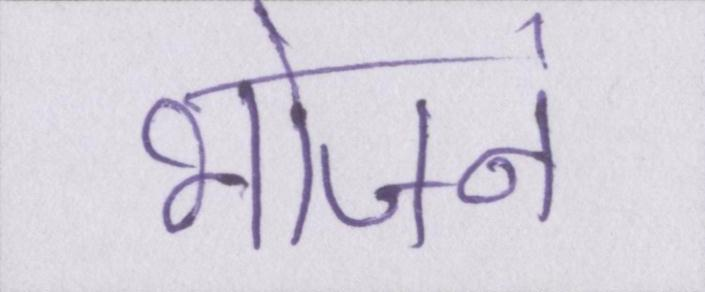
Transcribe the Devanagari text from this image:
भोजनं